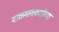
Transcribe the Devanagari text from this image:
माळगावकरांच्या